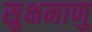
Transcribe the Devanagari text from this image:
सुक्षमाणु